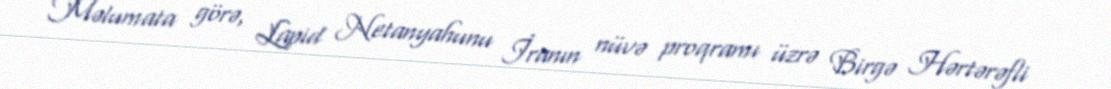
Məlumata görə, Lapid Netanyahunu İranın nüvə proqramı üzrə Birgə Hərtərəfli